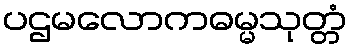
ပဌမလောကဓမ္မသုတ္တံ